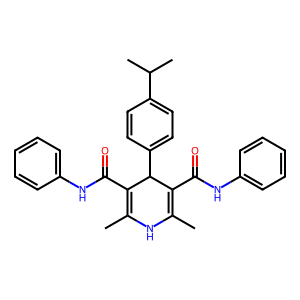
SMILES: CC1=C(C(=O)Nc2ccccc2)C(c2ccc(C(C)C)cc2)C(C(=O)Nc2ccccc2)=C(C)N1
Inhibits HIV replication: No